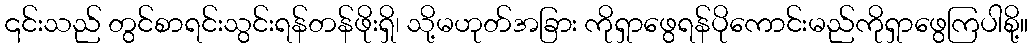
၎င်းသည် တွင်စာရင်းသွင်းရန်တန်ဖိုးရှိ၊ သို့မဟုတ်အခြား ကိုရှာဖွေရန်ပိုကောင်းမည်ကိုရှာဖွေကြပါစို့။